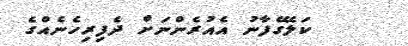
ކަލޭގެފާނު އެއުރެންނަށް ދެފިރިހެނެއްގެ